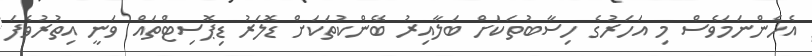
އެހެންނަމަވެސް މި އަހަރުގެ ހިސާބުތަކަށް ބަލާއިރު ބޭންކުތަކަށް ޑޮލަރު ޑިޕޮސިޓްތައް ވަނީ އިތުރުވެފަ